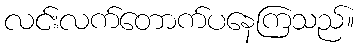
လင်းလက်တောက်ပနေကြသည်။